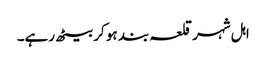
اہل شہر قلعہ بند ہو کر بیٹھ رہے۔